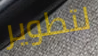
لتطوير